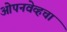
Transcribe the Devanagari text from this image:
ओपनवेव्हचा